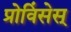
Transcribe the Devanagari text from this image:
प्रोविंसेस्